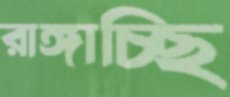
রাঙ্গাচ্ছি